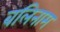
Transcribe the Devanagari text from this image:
बलिनाम